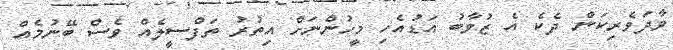
ވާދަވެރިކަން ދެކެ އެ ޒުވާބު އަޑުއެހި މީހުންނަށް އިތުރު ތަފްސީލެއް ވެސް ބޭނުމެއް